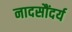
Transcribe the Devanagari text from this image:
नादसौंदर्य